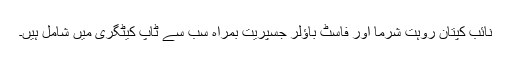
نائب کپتان روہت شرما اور فاسٹ باؤلر جسپریت بمراہ سب سے ٹاپ کیٹگری میں شامل ہیں۔